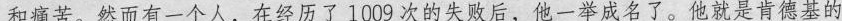
和痛苦。然而有一个人，在经历了1009次的失败后，他一举成名了。他就是肯德基的